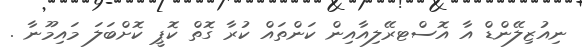
ނިއުޒިލޭންޑް އާ އޮސްޓރޭލިއާއިން ކަންތައް ކުރާ ގޮތް ކޮޕީ ކޮށްބަލަ މައިމޫނާ .